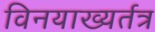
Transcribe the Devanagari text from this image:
विनयाख्यर्तत्र